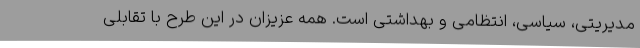
مدیریتی، سیاسی، انتظامی و بهداشتی است. همه عزیزان در این طرح با تقابلی